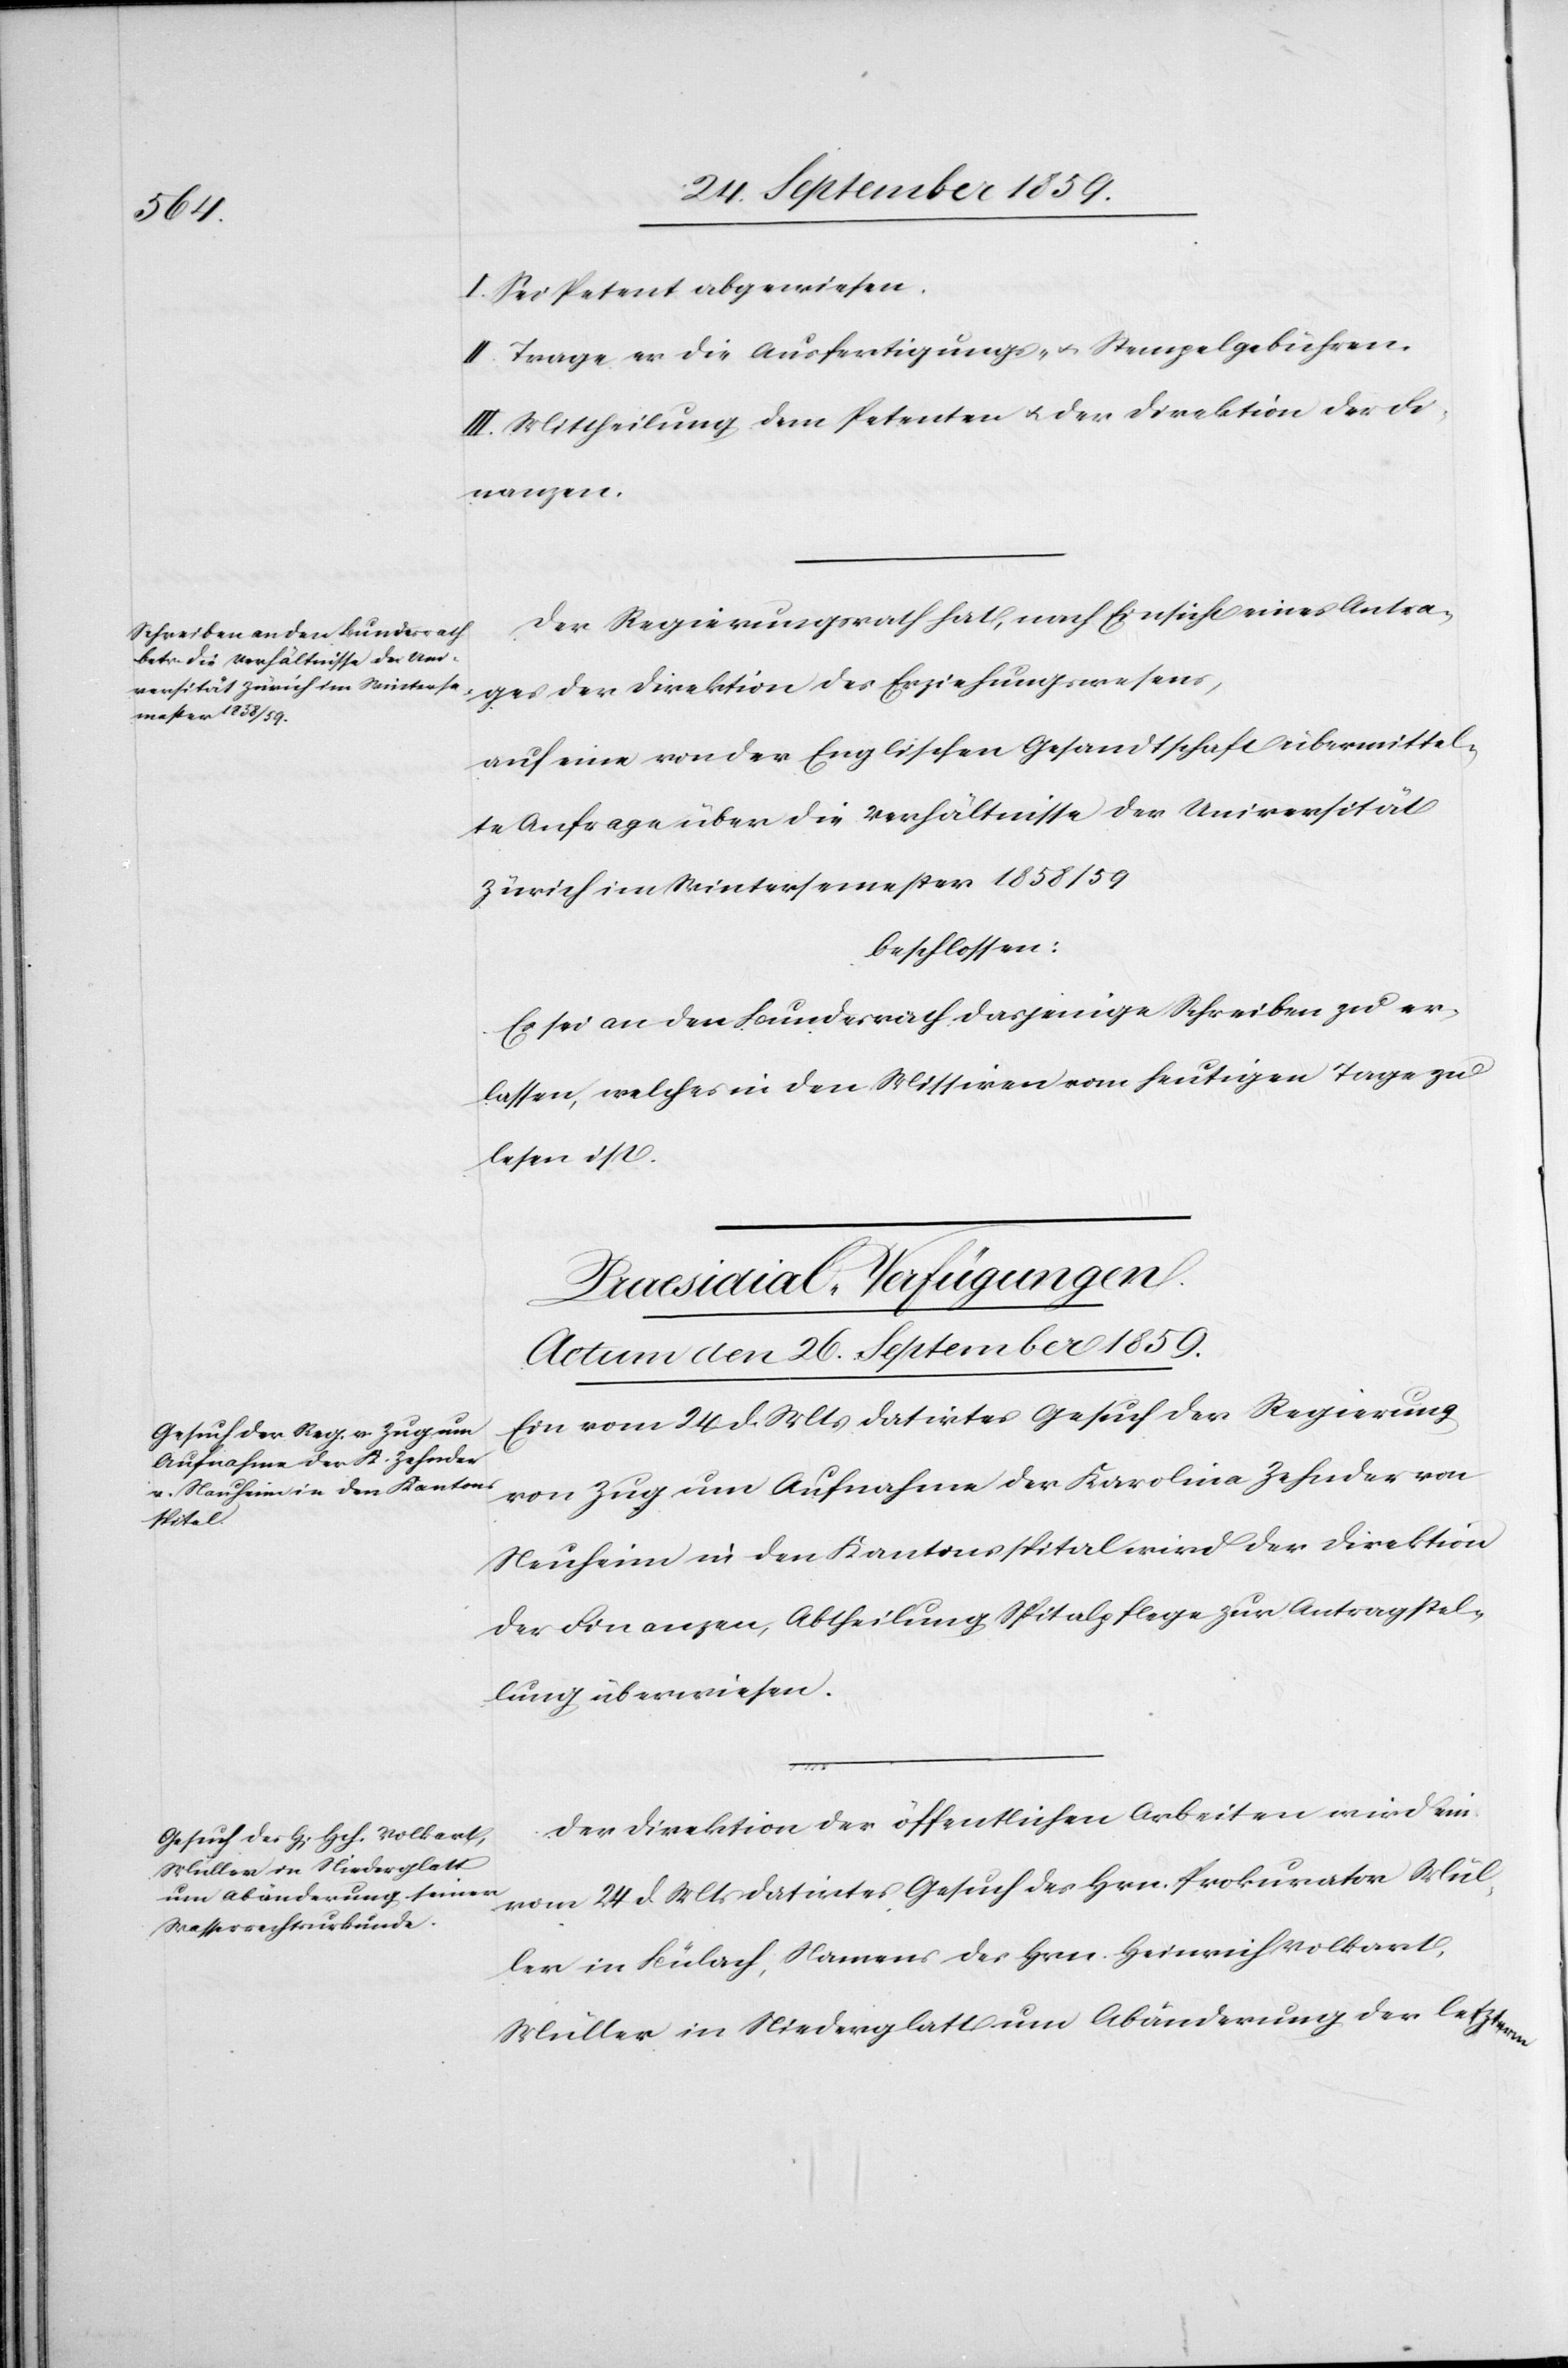
I. Sei Petent abgewiesen.
II. Trage er die Ausfertigungs- & Stempelgebühren.
III. Mittheilung dem Petenten & der Direktion der Fi¬
nanzen.
Der Regierungsrath hat, nach Einsicht eines Antra¬
ges der Direktion des Erziehungswesens,
auf eine von der Englischen Gesandtschaft übermittel¬
te Anfrage über die Verhältnisse der Universität
Zürich im Wintersemester 1858/59
beschlossen:
Es sei an den Bundesrath dasjenige Schreiben zu er¬
lassen, welches in den Missiven vom heutigen Tage zu
lesen ist.
[Praesidial-Verfügungen.
Actum den 26. September 1859.]
Ein vom 24. d. Mts. datirtes Gesuch der Regierung
von Zug um Aufnahme der Karoline Zehnder von
Mül¬
Neuheim in den Kantonsspital wird der Direktion
der Finanzen, Abtheilung Spitalpflege zur Antragstel¬
lung überwiesen.
Der Direktion der öffentlichen Arbeiten wird ein
ler in Bülach, namens des Hrn. Heinrich Volkart,
Müller in Niederglatt um Abänderung der letzterm